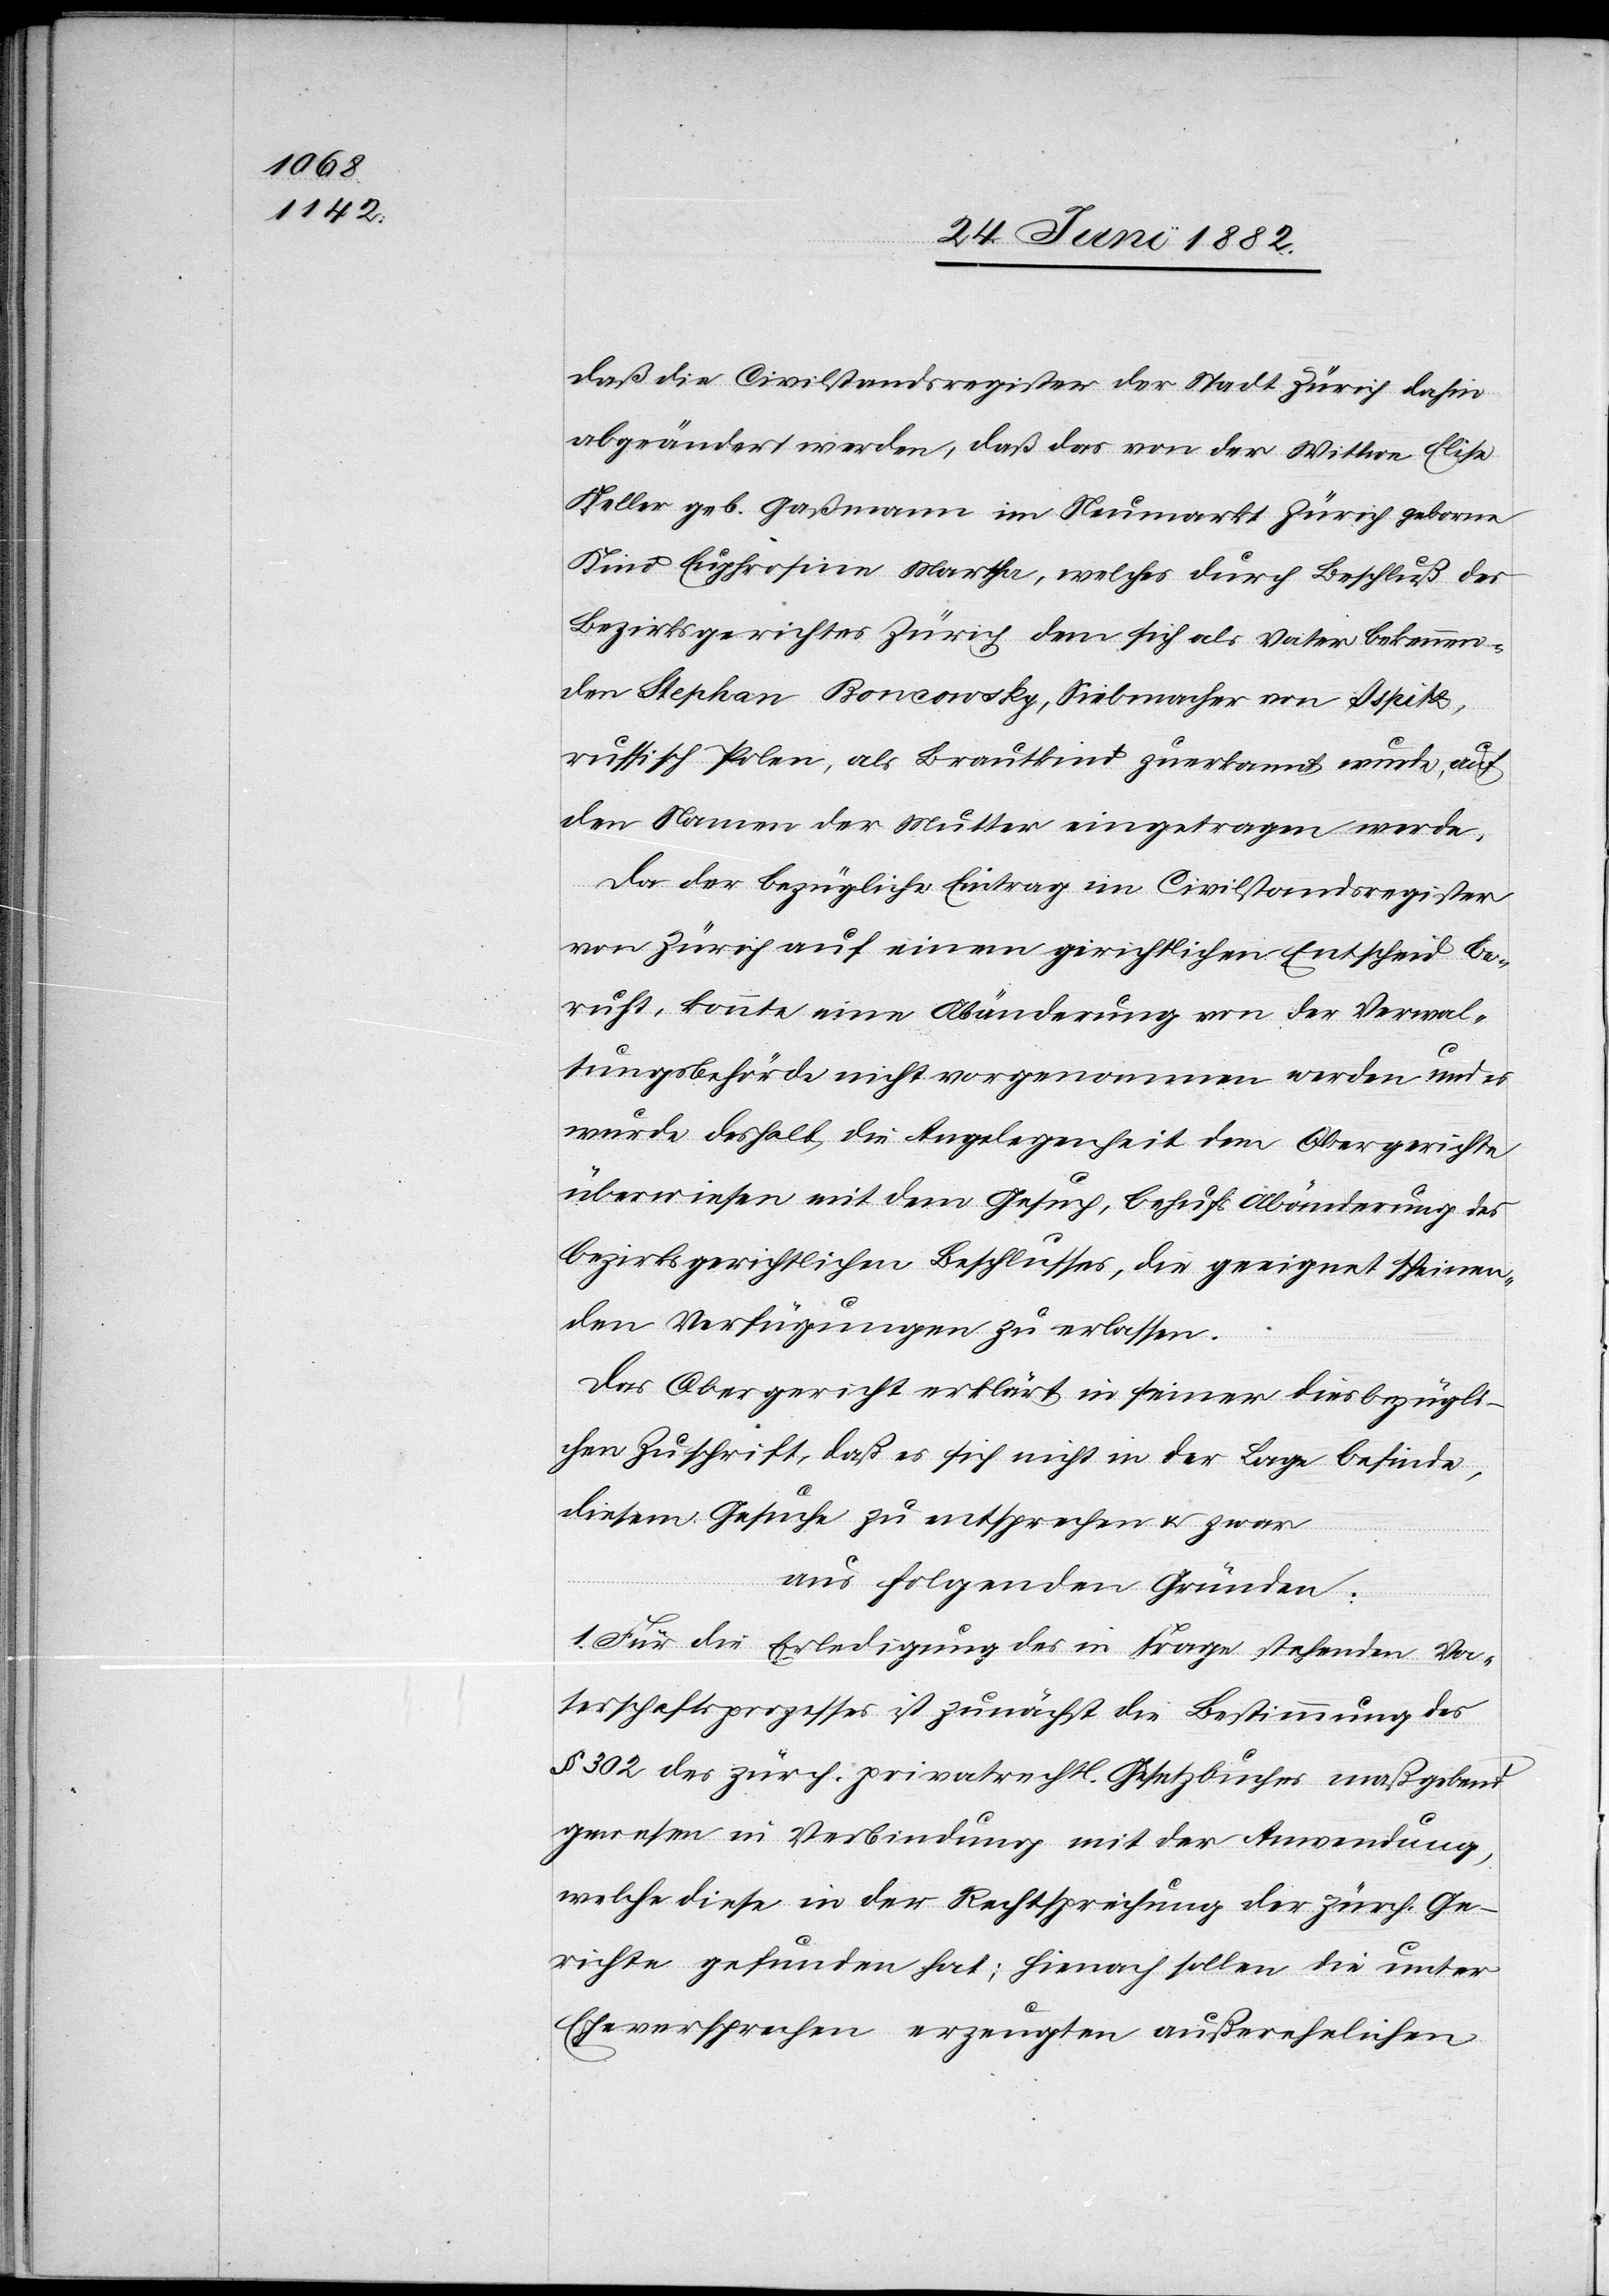
daß die Civilstandsregister der Stadt Zürich dahin
abgeändert werden, daß das von der Wittwe Elise
Keller geb. Gaßmann im Neumarkt [-] Zürich geborne
Kind Euphrosine Martha, welches durch Beschluß des
Bezirksgerichtes Zürich dem sich als Vater bekennen¬
den Stephan Boncowsky [sic!], Siebmacher von Ispitz,
russisch Polen, als Brautkind zuerkannt wurde, auf
den Namen der Mutter eingetragen werde.
Da der bezügliche Eintrag im Civilstandsregister
von Zürich auf einem gerichtlichen Entscheid be¬
ruht, konnte eine Abänderung von der Verwal¬
tungsbehörde nicht vorgenommen werden und es
wurde deshalb die Angelegenheit dem Obergerichte
überwiesen mit dem Gesuch, behufs Abänderung des
bezirksgerichtlichen Beschlusses, die geeignet scheinen¬
den Verfügungen zu erlassen.
Das Obergericht erklärt in seiner diesbezügli¬
chen Zuschrift, daß es sich nicht in der Lage befinde,
diesem Gesuche zu entsprechen u. zwar
aus folgenden Gründen:
1. Für die Erledigung des in Frage stehenden Va¬
terschaftsprozesses ist zunächst die Bestimmung des
§ 302 des zürch. privatrechtl. Gesetzbuches maßgebend
gewesen in Verbindung mit der Anwendung,
welche diese in der Rechtssprechung der zürch. Ge¬
richte gefunden hat; hienach sollen die unter
Eheversprechen erzeugten außerehelichen